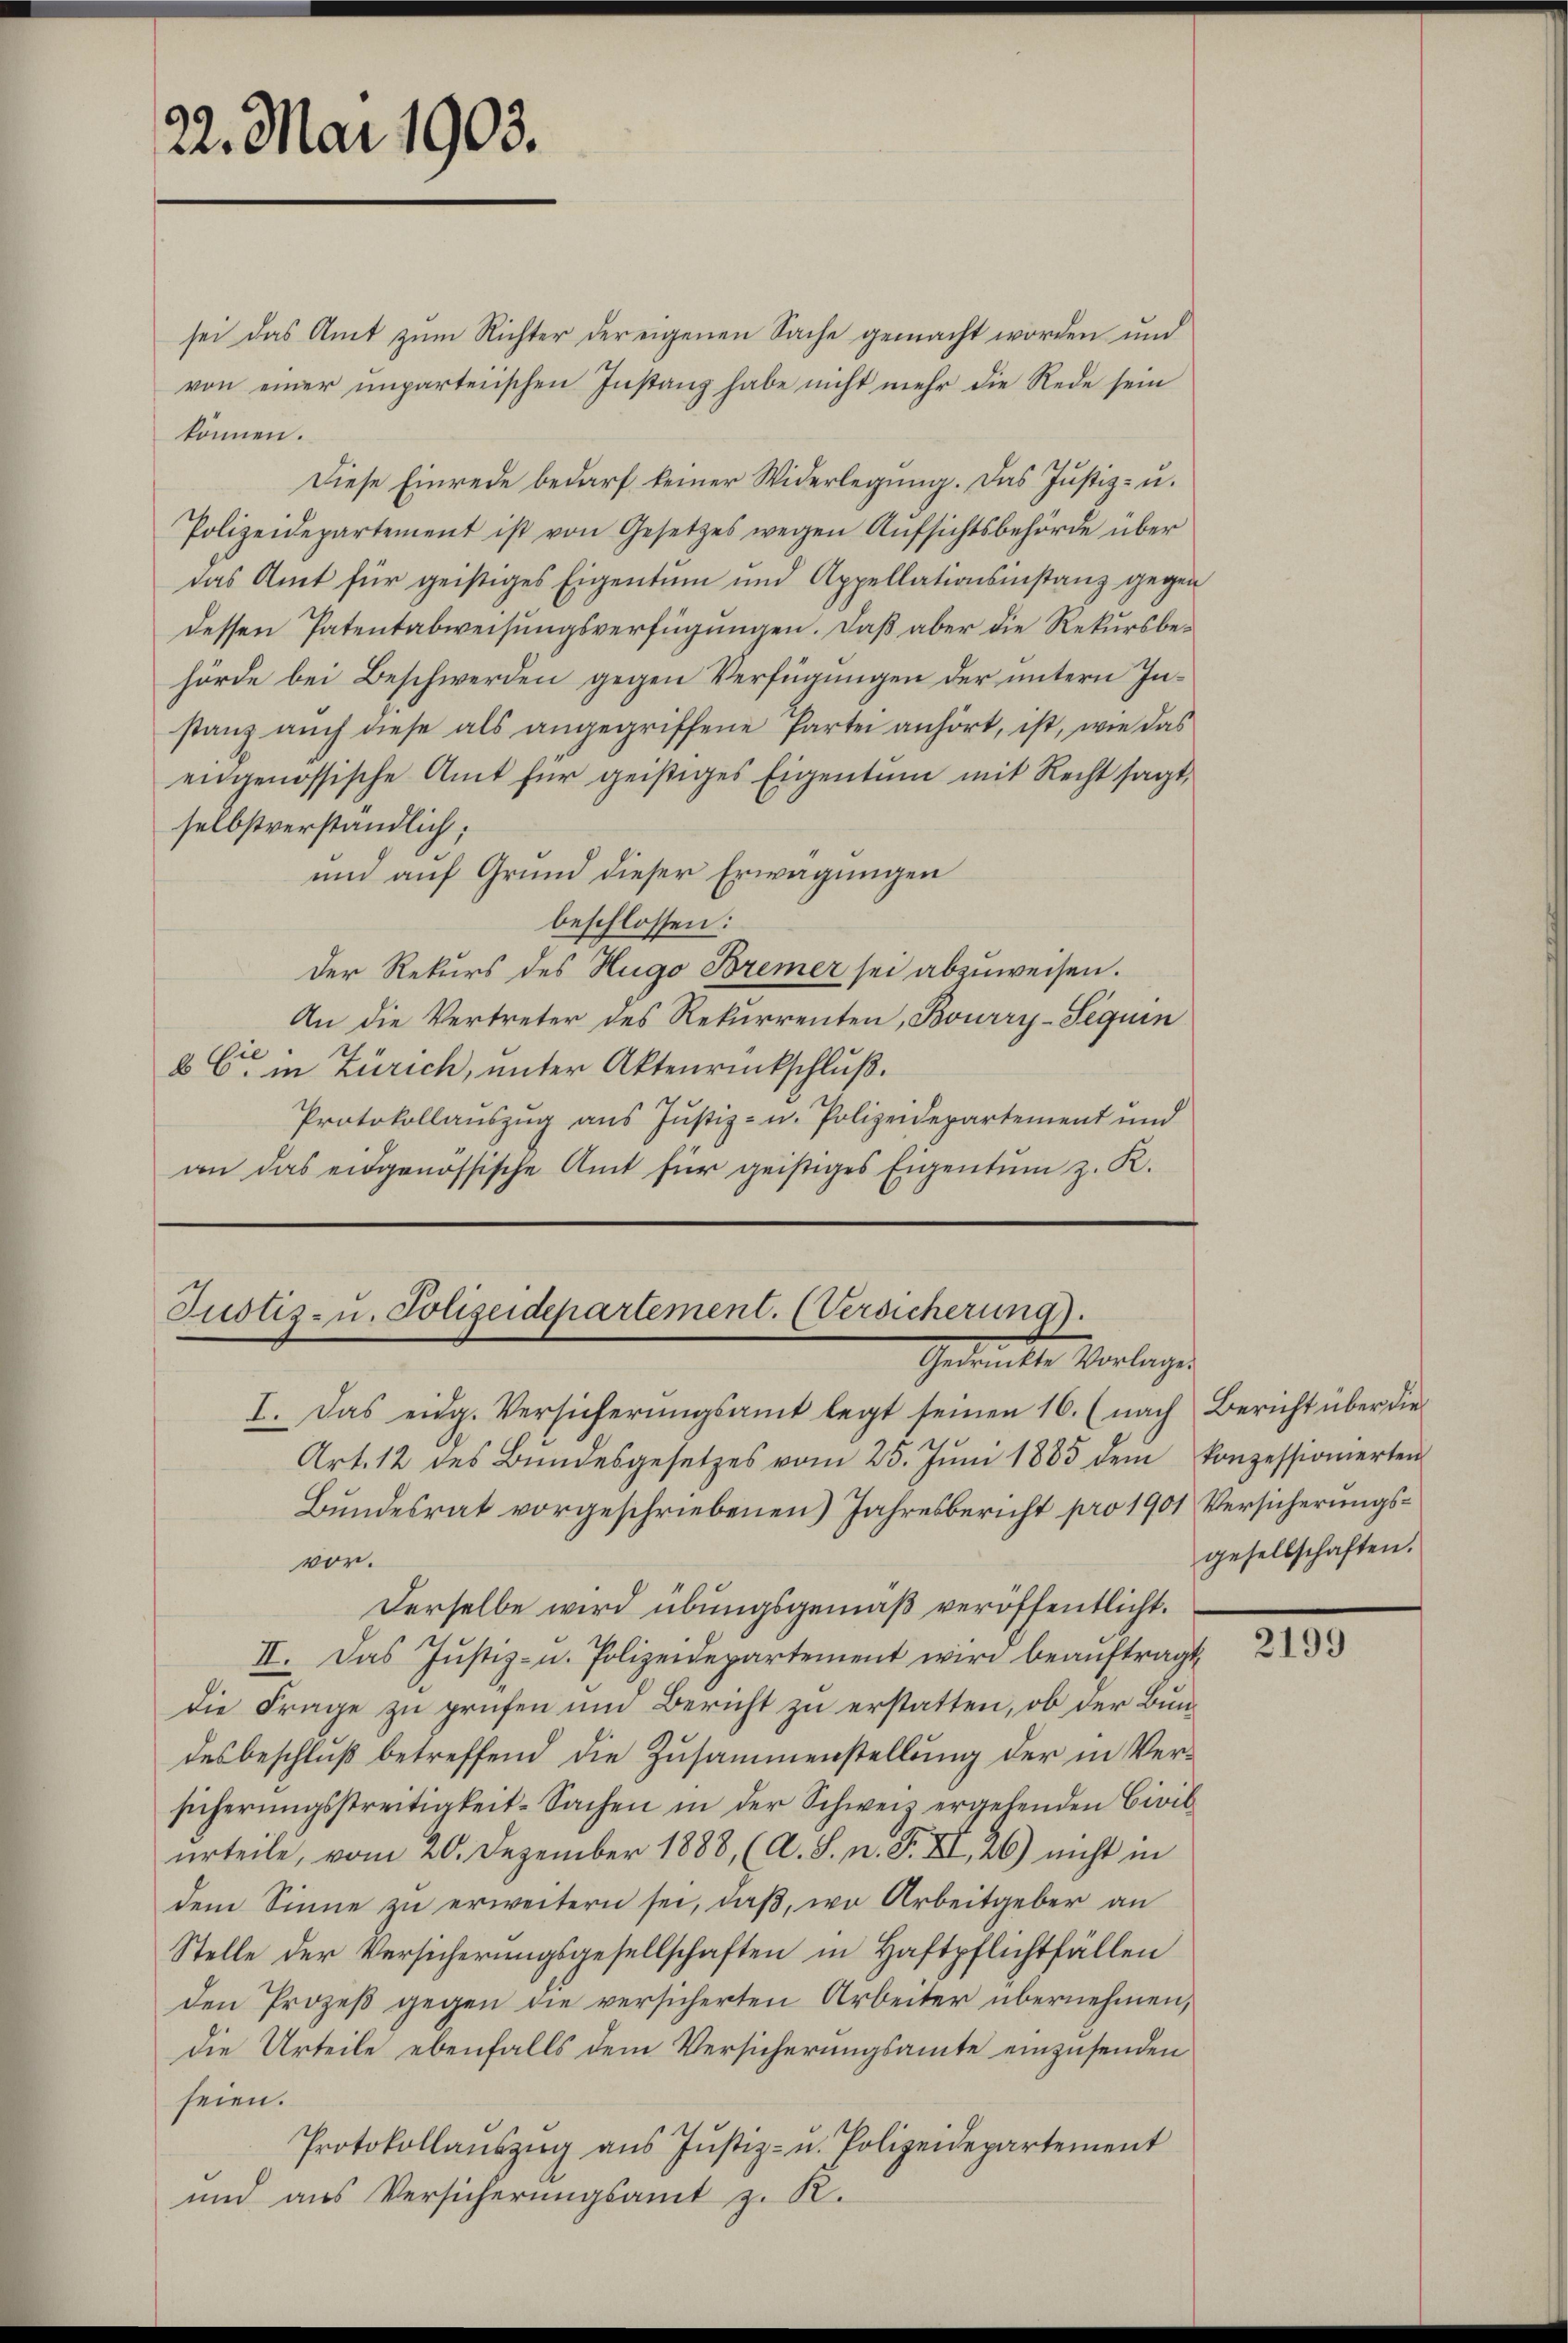
22. Mai 1903.

können.
Diese Einrede bedarf keiner Widerlegung. Das Justiz- u.
Polizeidepartement ist von Gesetzes wegen Aŭfsichtsbehörde über
das Amt für geistiges Eigentum und Appellationsinstanz gegen
dessen Patentabweisungsverfügungen. Daß aber die Rekursbehörde bei Beschwerden gegen Verfügungen der untern Instanz auch diese als angegriffene Partei anhört, ist, wie das
engenössische Amt für geistiges Eigentum mit Recht sagt,
selbstverständlich;
und auf Grund dieser Erwägungen
beschlossen:
Der Rekurs des Hugo Bremer sei abzuweisen.
An die Vertreter des Rekurrenten, Bourry-Sequen
.
8 C in Zürich, unter Aktenrückschluß.
Protokollauszug aus Justiz- u. Polizeidepartement und
an das eidgenössische Amt für geistiges Eigentum z. K.

sei das Amt zum Richter der eigenen Sache gemacht worden und
von einer unparteiischen Instanz habe nicht mehr die Rede sein

Justiz- u. Polizeidepartement. (Versicherung).
Gedankte Vorlegen

I. Das eidg. Versicherŭngsamt legt seinen 16. (nach Bericht über die
Art. 12 des Bŭndesgesetzes vom 25. Jŭni 1885 dem konzessionierten
Bundesrat vorgeschriebenen Jahresbericht pro 1901 Versicherungsvor.
Derselbe wird übungsgemäß veröffentlicht.
II. Das Justiz- u. Polizeidepartement wird beaŭftragt
Die Frage zu prüfen und Bericht zu erstatten, ob der Bundesbeschluß betreffend die Zusammenstellung der in Versicherŭngsstreitigkeit-Sachen in der Schweiz ergebenden Civil
urteile, vom 20. Dezember 1888, (A. S. n. F. XI, 26) nicht in
dem Sinne zu erweitern sei, daß, wo Arbeitgeber an
Stelle der Versicherungsgesellschaften in Haftpflichtfällen
den Prozeß gegen die versicherten Arbeiter übernehmen,
die Urteile ebenfalls dem Versicherungsamte einzusenden
seien.
Protokollaŭszŭg aŭs Jŭstiz- u. Polizeidepartement
und aus Versicherungsamt z. R.

gesellschaften.

2199